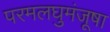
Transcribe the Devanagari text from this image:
परमलघुमंजूषा